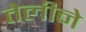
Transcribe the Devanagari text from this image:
तेलीने